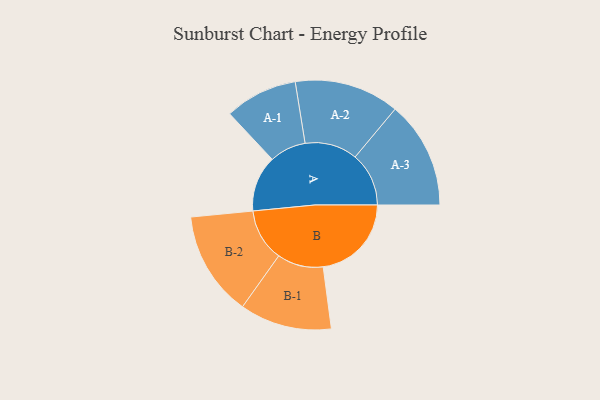
{"axis": {"x": "Segment", "y": "Value"}, "legend": ["", "A", "B"], "data": [{"x": "A", "y": 279, "type": ""}, {"x": "B", "y": 439, "type": ""}, {"x": "A-1", "y": 181, "type": "A"}, {"x": "A-2", "y": 261, "type": "A"}, {"x": "A-3", "y": 267, "type": "A"}, {"x": "B-1", "y": 229, "type": "B"}, {"x": "B-2", "y": 261, "type": "B"}]}